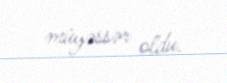
müyəssər oldu.